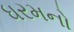
ધરમનો